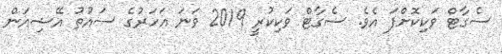
ސެގާޓް ވަކިކޮށްފަ އެވެ. ސެގާޓް ވަކިކުރީ 2019 ވަނަ އަހަރުގެ ސައުތު އޭޝިއަން